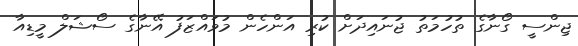
ޖިންސީ ގޯނާގެ ތުހުމަތު ޖުނައިދަށް ކުރި އަންހެން މުވައްޒަފު އޭނާގެ ސޯޝަލް މީޑިއާ